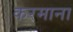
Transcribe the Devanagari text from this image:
करमाना